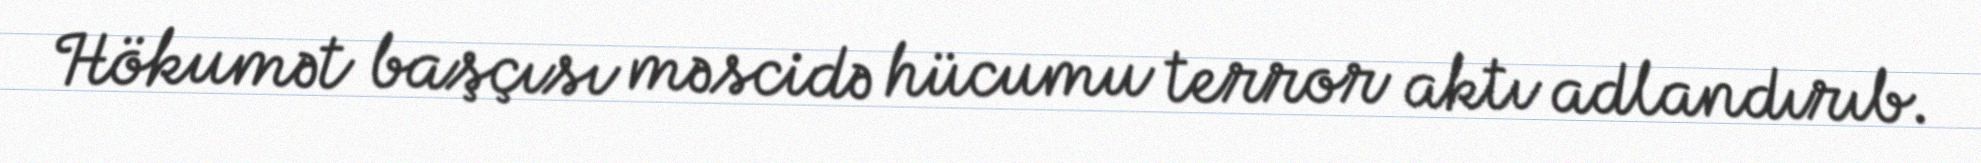
Hökumət başçısı məscidə hücumu terror aktı adlandırıb.